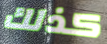
كذلك